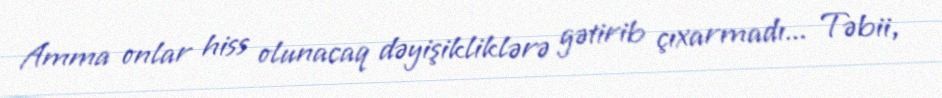
Amma onlar hiss olunacaq dəyişikliklərə gətirib çıxarmadı... Təbii,